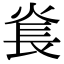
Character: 㷃